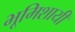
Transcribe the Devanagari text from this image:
भूमिशायी